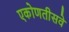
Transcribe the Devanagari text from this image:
एकोणतीसवे